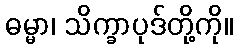
ဓမ္မာ၊ သိက္ခာပုဒ်တို့ကို။